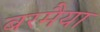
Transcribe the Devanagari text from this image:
बरमैया